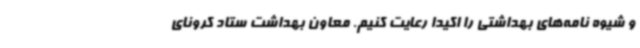
و شیوه نامه‌های بهداشتی را اکیدا رعایت کنیم. معاون بهداشت ستاد کرونای